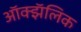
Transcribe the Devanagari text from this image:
ऑक्झॅलिक